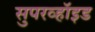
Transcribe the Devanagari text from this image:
सुपरव्हॉइड